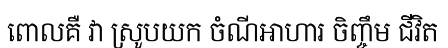
ពោលគឺ វា ស្រូបយក ចំណីអាហារ ចិញ្ចឹម ជីវិត